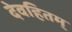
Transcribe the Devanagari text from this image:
देवहितम्